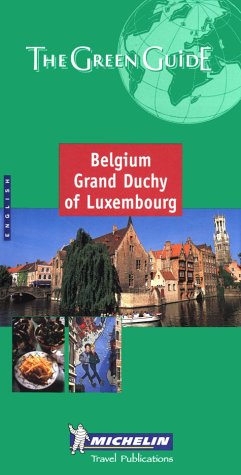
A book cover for Belgium Grand Duchy of Luxembourg (Michelin Green Guide Belguim & Luxembourg); Travel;